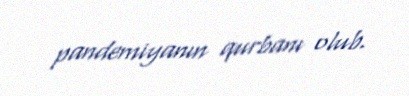
pandemiyanın qurbanı olub.